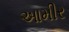
આમીર